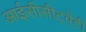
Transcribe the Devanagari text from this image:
आईसीसीट्वेंटी